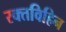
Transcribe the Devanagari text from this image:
रक्तविहिन